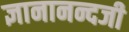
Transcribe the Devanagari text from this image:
ज्ञानानन्दजी